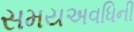
સમયઅવધિની